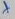
Text: +